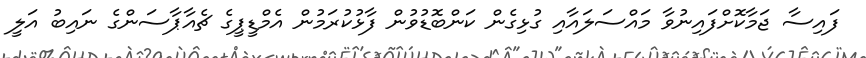
ފައިސާ ޖަމާކޮށްފައިނުވާ މައްސަލައާއި ގުޅިގެން ކަންބޮޑުވުން ފާޅުކުރަމުން އެމްޑީޕީގެ ޗެއާޕާސަންގެ ނައިބު އަލީ